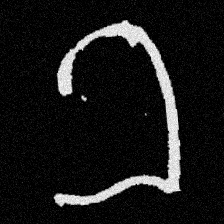
Pyu character \u2014 Myanmar letter: ခ (romanized: kha)